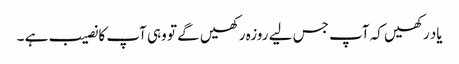
یاد رکھیں کہ آپ جس لیے روزہ رکھیں گے تو وہی آپ کا نصیب ہے ۔